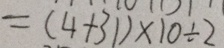
= ( 4 + 3 1 ) \times 1 0 \div 2